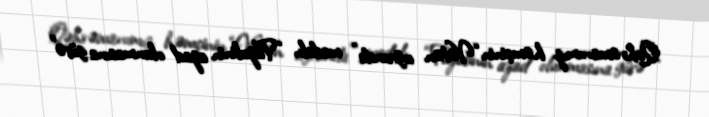
Qəhrəmanımız həmçinin “Vətən uğrunda” medalı, “Füzulinin azad olunmasına görə”